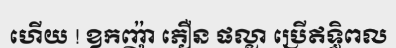
ហើយ ! ឧកញ៉ា ភឿន ផល្លា ប្រើឥទ្ធិពល